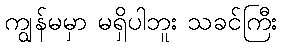
ကျွန်မမှာ မရှိပါဘူး သခင်ကြီး